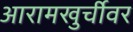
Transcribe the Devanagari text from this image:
आरामखुर्चीवर